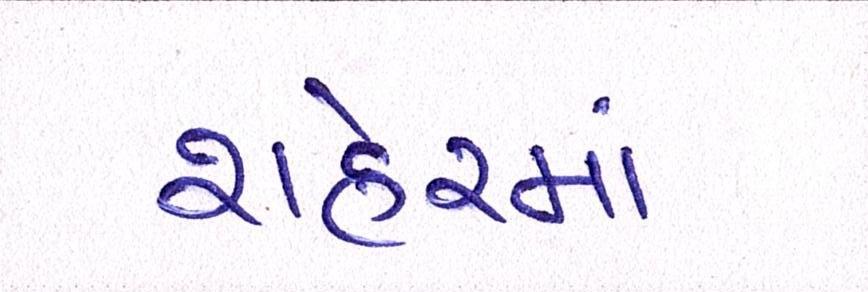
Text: શહેરમાં